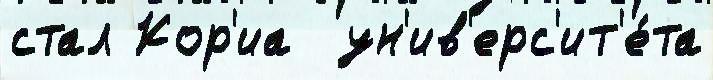
стал Кор'иа  ун'ив'ерс'ит'е́та